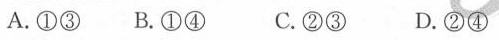
A.①③B.①④ C.②③ D②④